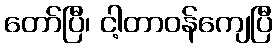
တော်ပြီ၊ ငါ့တာဝန်ကျေပြီ